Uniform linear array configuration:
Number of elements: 64
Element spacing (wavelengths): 0.5
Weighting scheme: kaiser
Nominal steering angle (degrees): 15
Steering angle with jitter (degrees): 13.966
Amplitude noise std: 0.05
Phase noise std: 0.05

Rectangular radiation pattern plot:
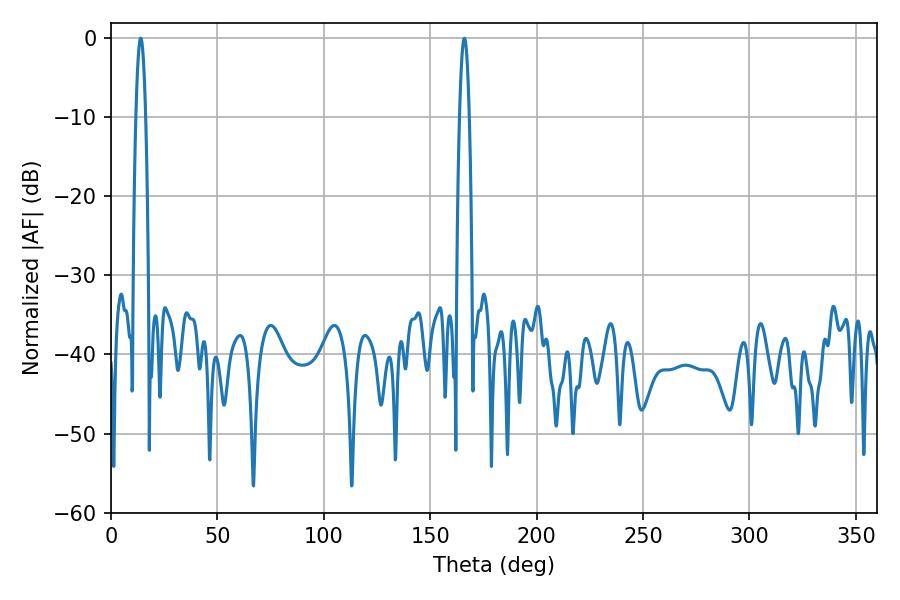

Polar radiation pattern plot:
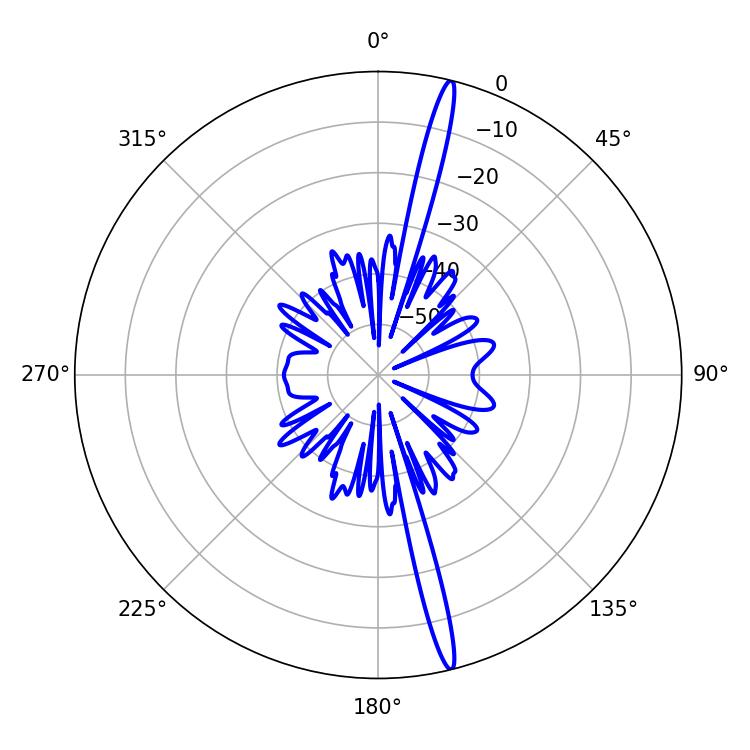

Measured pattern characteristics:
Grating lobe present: FALSE
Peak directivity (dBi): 19.344
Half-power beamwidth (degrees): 2.34
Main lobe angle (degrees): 14.04